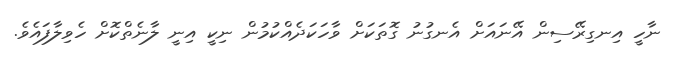
ނާހީ އިނގިރޭސިން އޭނައަށް އެނގުނު ގޮތަކަށް ވާހަކަދެއްކުމުން ނިކީ އިނީ ލާނެތްކޮށް ހެވިލާފައެވެ.